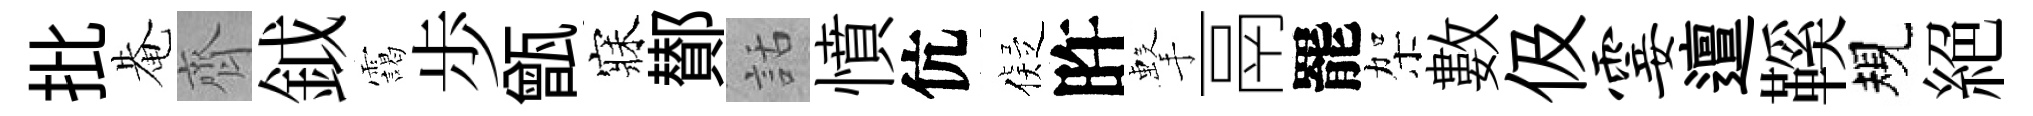
批𤲅齊鉞靄歩甑寐鄼話憤伉儗旿擊鬲罷架數伋霎邅鞵規絕